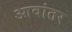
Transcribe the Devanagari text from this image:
आवांतर